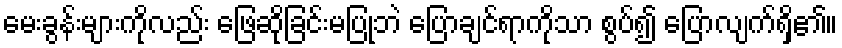
မေးခွန်းများကိုလည်း ဖြေဆိုခြင်းမပြုဘဲ ပြောချင်ရာကိုသာ စွပ်၍ ပြောလျက်ရှိ၏။